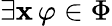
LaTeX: \exists\mathbf{x}\, \varphi\in\Phi